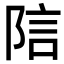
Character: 𬯂